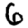
Digit: 6